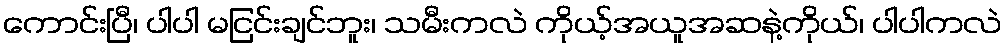
ကောင်းပြီ၊ ပါပါ မငြင်းချင်ဘူး၊ သမီးကလဲ ကိုယ့်အယူအဆနဲ့ကိုယ်၊ ပါပါကလဲ